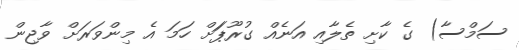
ސަމްސާ) ގެ ކާށި ތެލާއި އަނެއް ގުރޫޕަަށް ހަމަ އެ މިންވަރަށް ވާޖިން